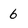
Character: 6